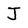
Character: J